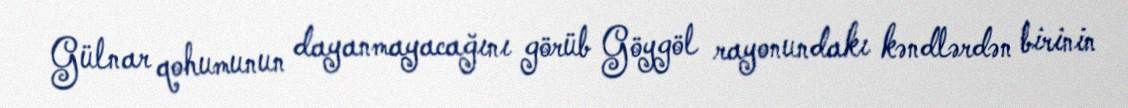
Gülnar qohumunun dayanmayacağını görüb Göygöl rayonundakı kəndlərdən birinin